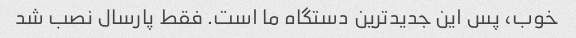
خوب، پس این جدیدترین دستگاه ما است. فقط پارسال نصب شد